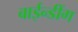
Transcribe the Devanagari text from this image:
बाईन्डींग